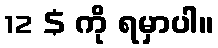
12 $ ကို ရမှာပါ။